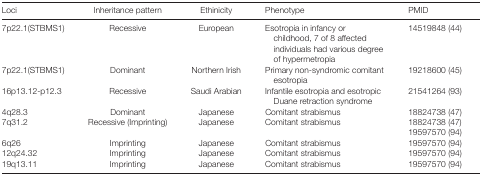
<table><thead><tr><td><b>Loci</b></td><td><b>Inheritance pattern</b></td><td><b>Ethinicity</b></td><td><b>Phenotype</b></td><td><b>PMID</b></td></tr></thead><tbody><tr><td>7p22.1(STBMS1)</td><td>Recessive</td><td>European</td><td>Esotropia in infancy or childhood, 7 of 8 affected individuals had various degree of hypermetropia</td><td>14519848 44</td></tr><tr><td>7p22.1(STBMS1)</td><td>Dominant</td><td>Northern Irish</td><td>Primary non-syndromic comitant esotropia</td><td>19218600 45</td></tr><tr><td>16p13.12-p12.3</td><td>Recessive</td><td>Saudi Arabian</td><td>Infantile esotropia and esotropic Duane retraction syndrome</td><td>21541264 93</td></tr><tr><td>4q28.3</td><td>Dominant</td><td>Japanese</td><td>Comitant strabismus</td><td>18824738 47</td></tr><tr><td>7q31.2</td><td>Recessive (Imprinting)</td><td>Japanese</td><td>Comitant strabismus</td><td>18824738 471959757094</td></tr><tr><td>6q26</td><td>Imprinting</td><td>Japanese</td><td>Comitant strabismus</td><td>19597570 94</td></tr><tr><td>12q24.32</td><td>Imprinting</td><td>Japanese</td><td>Comitant strabismus</td><td>19597570 94</td></tr><tr><td>19q13.11</td><td>Imprinting</td><td>Japanese</td><td>Comitant strabismus</td><td>19597570 94</td></tr></tbody></table>